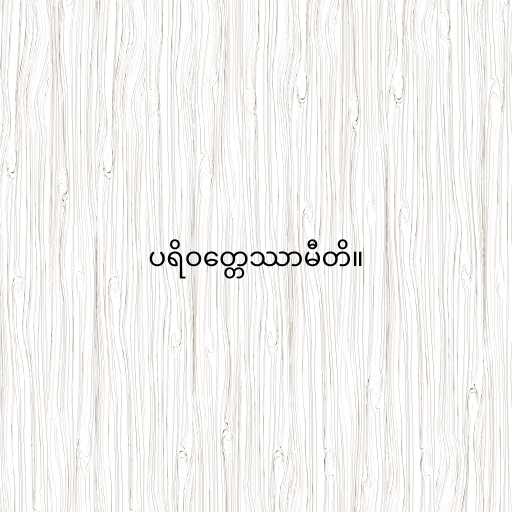
ပရိဝတ္တေဿာမီတိ။